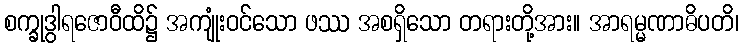
စက္ခုဒွါရဇောဝီထိ၌ အကျုံးဝင်သော ဖဿ အစရှိသော တရားတို့အား။ အာရမ္မဏာဓိပတိ၊